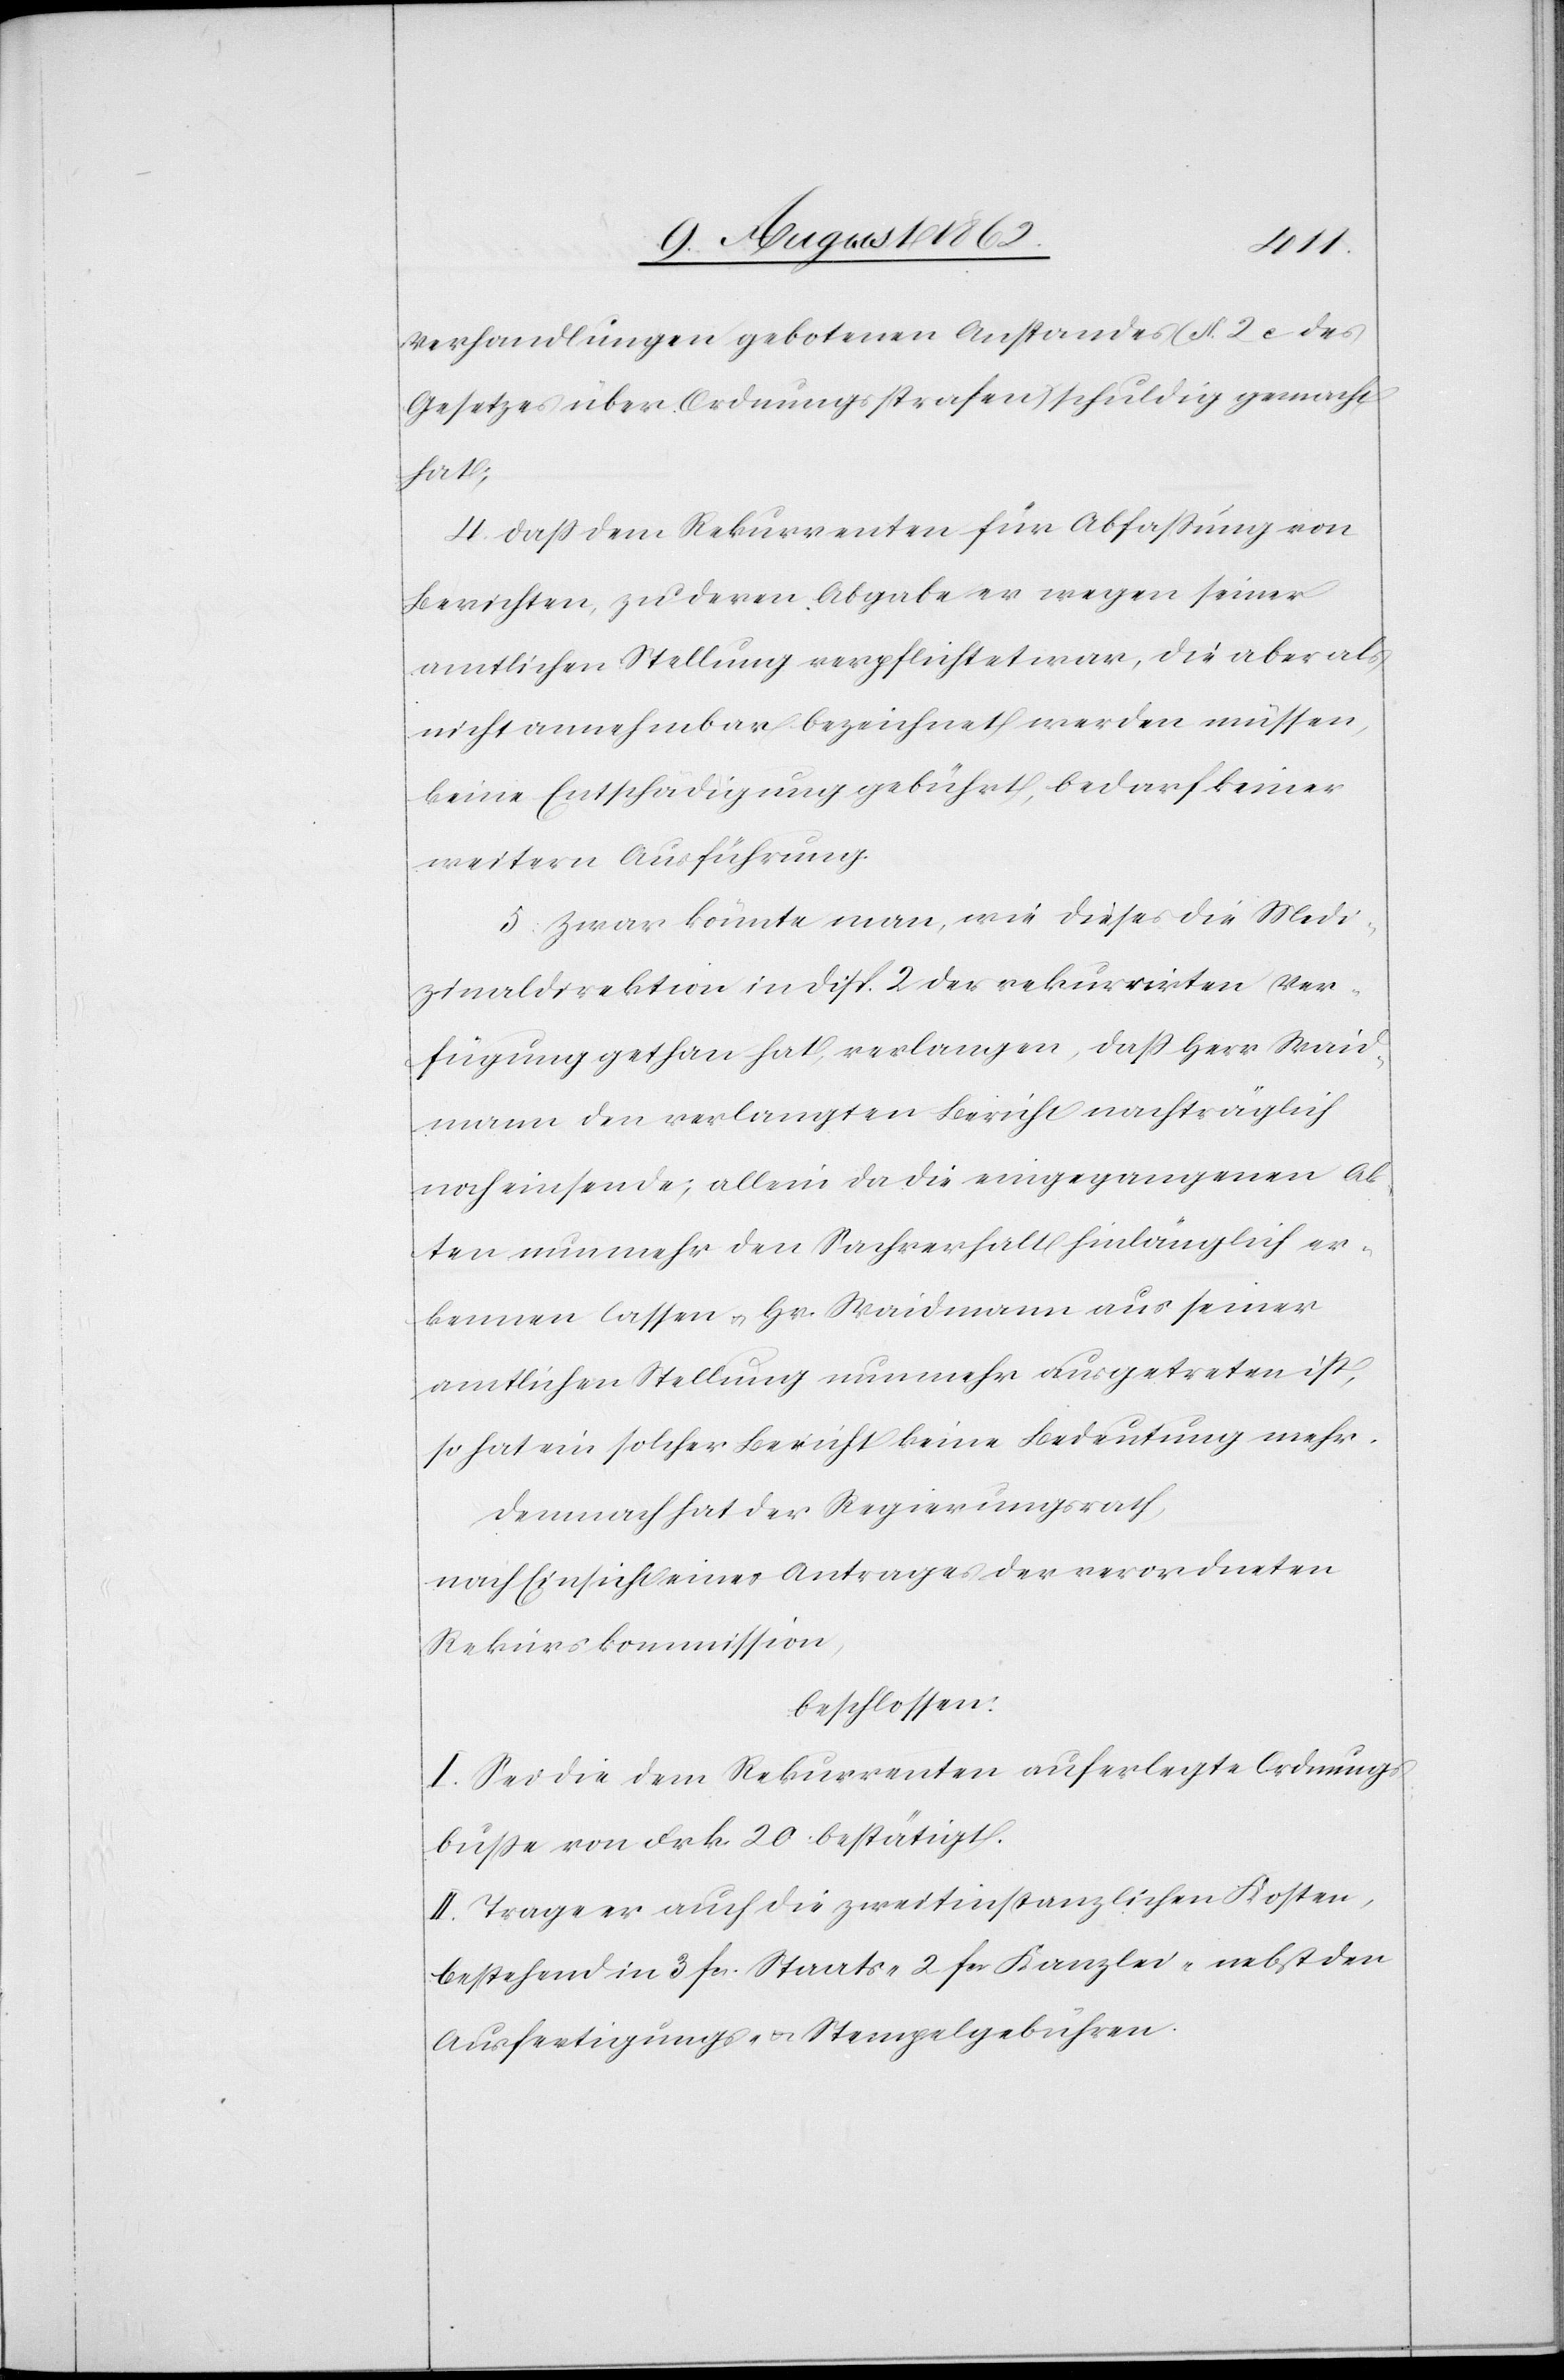
Verhandlungen gebotenen Anstandes (§. 2 c des
Gesetzes über Ordnungsstrafen) schuldig gemacht
hat;
4. Daß dem Rekurrenten für Abfaßung von
Berichten, zu deren Abgabe er wegen seiner
amtlichen Stellung verpflichtet war, die aber als
nicht annehmbar bezeichnet werden müssen,
keine Entschädigung gebührt, bedarf keiner
weitern Ausführung.
5. Zwar könnte man, wie dieses die Medi¬
zinaldirektion in Disp. 2 der rekurrirten Ver¬
fügung gethan hat, verlangen, daß Herr Waid¬
mann den verlangten Bericht nachträglich
noch einsende; allein da die eingegangenen Ak¬
ten nunmehr den Sachverhalt hinlänglich er¬
kennen lassen u. Hr. Waidmann aus seiner
amtlichen Stellung nunmehr ausgetreten ist,
so hat ein solcher Bericht keine Bedeutung mehr.
Demnach hat der Regierungsrath,
nach Einsicht eines Antrages der verordneten
Rekurskommission,
beschlossen:
I. Sei die dem Rekurrenten auferlegte Ordnungs¬
buße von Frk. 20 bestätigt.
II. Trage er auch die zweitinstanzlichen Kosten,
bestehend in 3 fcs. Staats-[,] 2 fcs. Kanzlei-[,] nebst den
Ausfertigungs- u. Stempelgebühren.